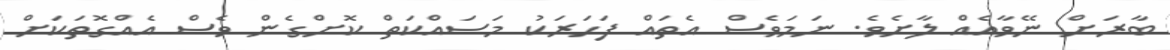
ބާރަށް ނޭވާއެއް ލާށެވެ. ނަމަވެސް އެތައް ފަހަރަކު މަސައްކަތް ކޮށްގެން ވެސް އެއްގޮތަކަށް